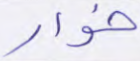
خوار